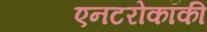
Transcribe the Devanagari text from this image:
एनटरोकॉकी